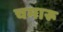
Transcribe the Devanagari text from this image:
चमारू